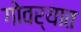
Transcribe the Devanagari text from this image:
गोवर्यात